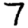
Digit: 7